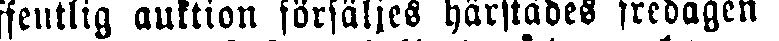
ffentlig auktion försäljes härstädes fredagen